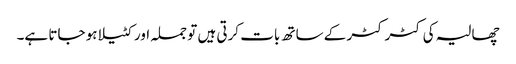
چھالیہ کی کٹر کٹر کے ساتھ بات کرتی ہیں تو جملہ اور کٹیلا ہو جاتا ہے۔